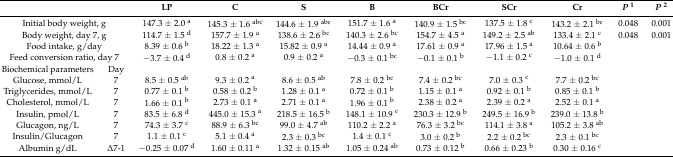
<table><thead><tr><td colspan="2"></td><td><b>LP</b></td><td><b>C</b></td><td><b>S</b></td><td><b>B</b></td><td><b>BCr</b></td><td><b>SCr</b></td><td><b>Cr</b></td><td><b><i>P</i><sup>1</sup></b></td><td><b><i>P</i><sup>2</sup></b></td></tr></thead><tbody><tr><td colspan="2">Initial body weight, g</td><td>147.3 ± 2.0 <sup>a</sup></td><td>145.3 ± 1.6 <sup>abc</sup></td><td>144.6 ± 1.9 <sup>abc</sup></td><td>151.7 ± 1.6 <sup>a</sup></td><td>140.9 ± 1.5 <sup>bc</sup></td><td>137.5 ± 1.8 <sup>c</sup></td><td>143.2 ± 2.1 <sup>bc</sup></td><td>0.048</td><td>0.001</td></tr><tr><td colspan="2">Body weight, day 7, g</td><td>114.7 ± 1.5 <sup>d</sup></td><td>157.7 ± 1.9 <sup>a</sup></td><td>138.6 ± 2.6 <sup>bc</sup></td><td>140.3 ± 2.6 <sup>bc</sup></td><td>154.7 ± 4.5 <sup>a</sup></td><td>149.2 ± 2.5 <sup>ab</sup></td><td>133.4 ± 2.1 <sup>c</sup></td><td>0.048</td><td>0.001</td></tr><tr><td colspan="2">Food intake, g/day</td><td>8.39 ± 0.6 <sup>b</sup></td><td>18.22 ± 1.3 <sup>a</sup></td><td>15.82 ± 0.9 <sup>a</sup></td><td>14.44 ± 0.9 <sup>a</sup></td><td>17.61 ± 0.9 <sup>a</sup></td><td>17.96 ± 1.5 <sup>a</sup></td><td>10.64 ± 0.6 <sup>b</sup></td><td></td><td></td></tr><tr><td colspan="2">Feed conversion ratio, day 7</td><td>−3.7 ± 0.4 <sup>d</sup></td><td>0.8 ± 0.2 <sup>a</sup></td><td>0.9 ± 0.2 <sup>a</sup></td><td>−0.3 ± 0.1 <sup>bc</sup></td><td>−0.1 ± 0.1 <sup>b</sup></td><td>−1.1 ± 0.2 <sup>c</sup></td><td>−1.0 ± 0.1 <sup>d</sup></td><td></td><td></td></tr><tr><td>Biochemical parameters</td><td>Day</td><td></td><td></td><td></td><td></td><td></td><td></td><td></td><td></td><td></td></tr><tr><td>Glucose, mmol/L</td><td>7</td><td>8.5 ± 0.5 <sup>ab</sup></td><td>9.3 ± 0.2 <sup>a</sup></td><td>8.6 ± 0.5 <sup>ab</sup></td><td>7.8 ± 0.2 <sup>bc</sup></td><td>7.4 ± 0.2 <sup>bc</sup></td><td>7.0 ± 0.3 <sup>c</sup></td><td>7.7 ± 0.2 <sup>bc</sup></td><td></td><td></td></tr><tr><td>Triglycerides, mmol/L</td><td>7</td><td>0.77 ± 0.1 <sup>b</sup></td><td>0.58 ± 0.2 <sup>b</sup></td><td>1.28 ± 0.1 <sup>a</sup></td><td>0.72 ± 0.1 <sup>b</sup></td><td>1.15 ± 0.1 <sup>a</sup></td><td>0.92 ± 0.1 <sup>b</sup></td><td>0.85 ± 0.1 <sup>b</sup></td><td></td><td></td></tr><tr><td>Cholesterol, mmol/L</td><td>7</td><td>1.66 ± 0.1 <sup>b</sup></td><td>2.73 ± 0.1 <sup>a</sup></td><td>2.71 ± 0.1 <sup>a</sup></td><td>1.96 ± 0.1 <sup>b</sup></td><td>2.38 ± 0.2 <sup>a</sup></td><td>2.39 ± 0.2 <sup>a</sup></td><td>2.52 ± 0.1 <sup>a</sup></td><td></td><td></td></tr><tr><td>Insulin, pmol/L</td><td>7</td><td>83.5 ± 6.8 <sup>d</sup></td><td>445.0 ± 15.3 <sup>a</sup></td><td>218.5 ± 16.5 <sup>b</sup></td><td>148.1 ± 10.9 <sup>c</sup></td><td>230.3 ± 12.9 <sup>b</sup></td><td>249.5 ± 16.9 <sup>b</sup></td><td>239.0 ± 13.8 <sup>b</sup></td><td></td><td></td></tr><tr><td>Glucagon, ng/L</td><td>7</td><td>74.3 ± 3.7 <sup>c</sup></td><td>88.9 ± 6.3 <sup>bc</sup></td><td>99.0 ± 4.7 <sup>ab</sup></td><td>110.2 ± 2.2 <sup>a</sup></td><td>76.3 ± 3.2 <sup>bc</sup></td><td>114.1 ± 3.8 <sup>a</sup></td><td>105.2 ± 3.8 <sup>ab</sup></td><td></td><td></td></tr><tr><td>Insulin/Glucagon</td><td>7</td><td>1.1 ± 0.1 <sup>c</sup></td><td>5.1 ± 0.4 <sup>a</sup></td><td>2.3 ± 0.3 <sup>bc</sup></td><td>1.4 ± 0.1 <sup>c</sup></td><td>3.0 ± 0.2 <sup>b</sup></td><td>2.2 ± 0.2 <sup>bc</sup></td><td>2.3 ± 0.1 <sup>bc</sup></td><td></td><td></td></tr><tr><td>Albumin g/dL</td><td>Δ7-1</td><td>−0.25 ± 0.07 <sup>d</sup></td><td>1.60 ± 0.11 <sup>a</sup></td><td>1.32 ± 0.15 <sup>ab</sup></td><td>1.05 ± 0.24 <sup>ab</sup></td><td>0.73 ± 0.12 <sup>b</sup></td><td>0.66 ± 0.23 <sup>b</sup></td><td>0.30 ± 0.16 <sup>c</sup></td><td></td><td></td></tr></tbody></table>